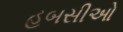
હબસીઓ